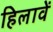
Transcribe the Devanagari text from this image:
हिलावें